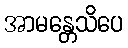
အာမန္တေသိပေ